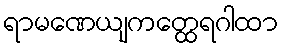
ရာမဏေယျကတ္ထေရဂါထာ